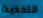
التحديث